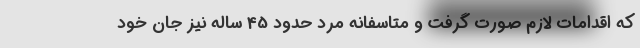
که اقدامات لازم صورت گرفت و متاسفانه مرد حدود 45 ساله نیز جان خود